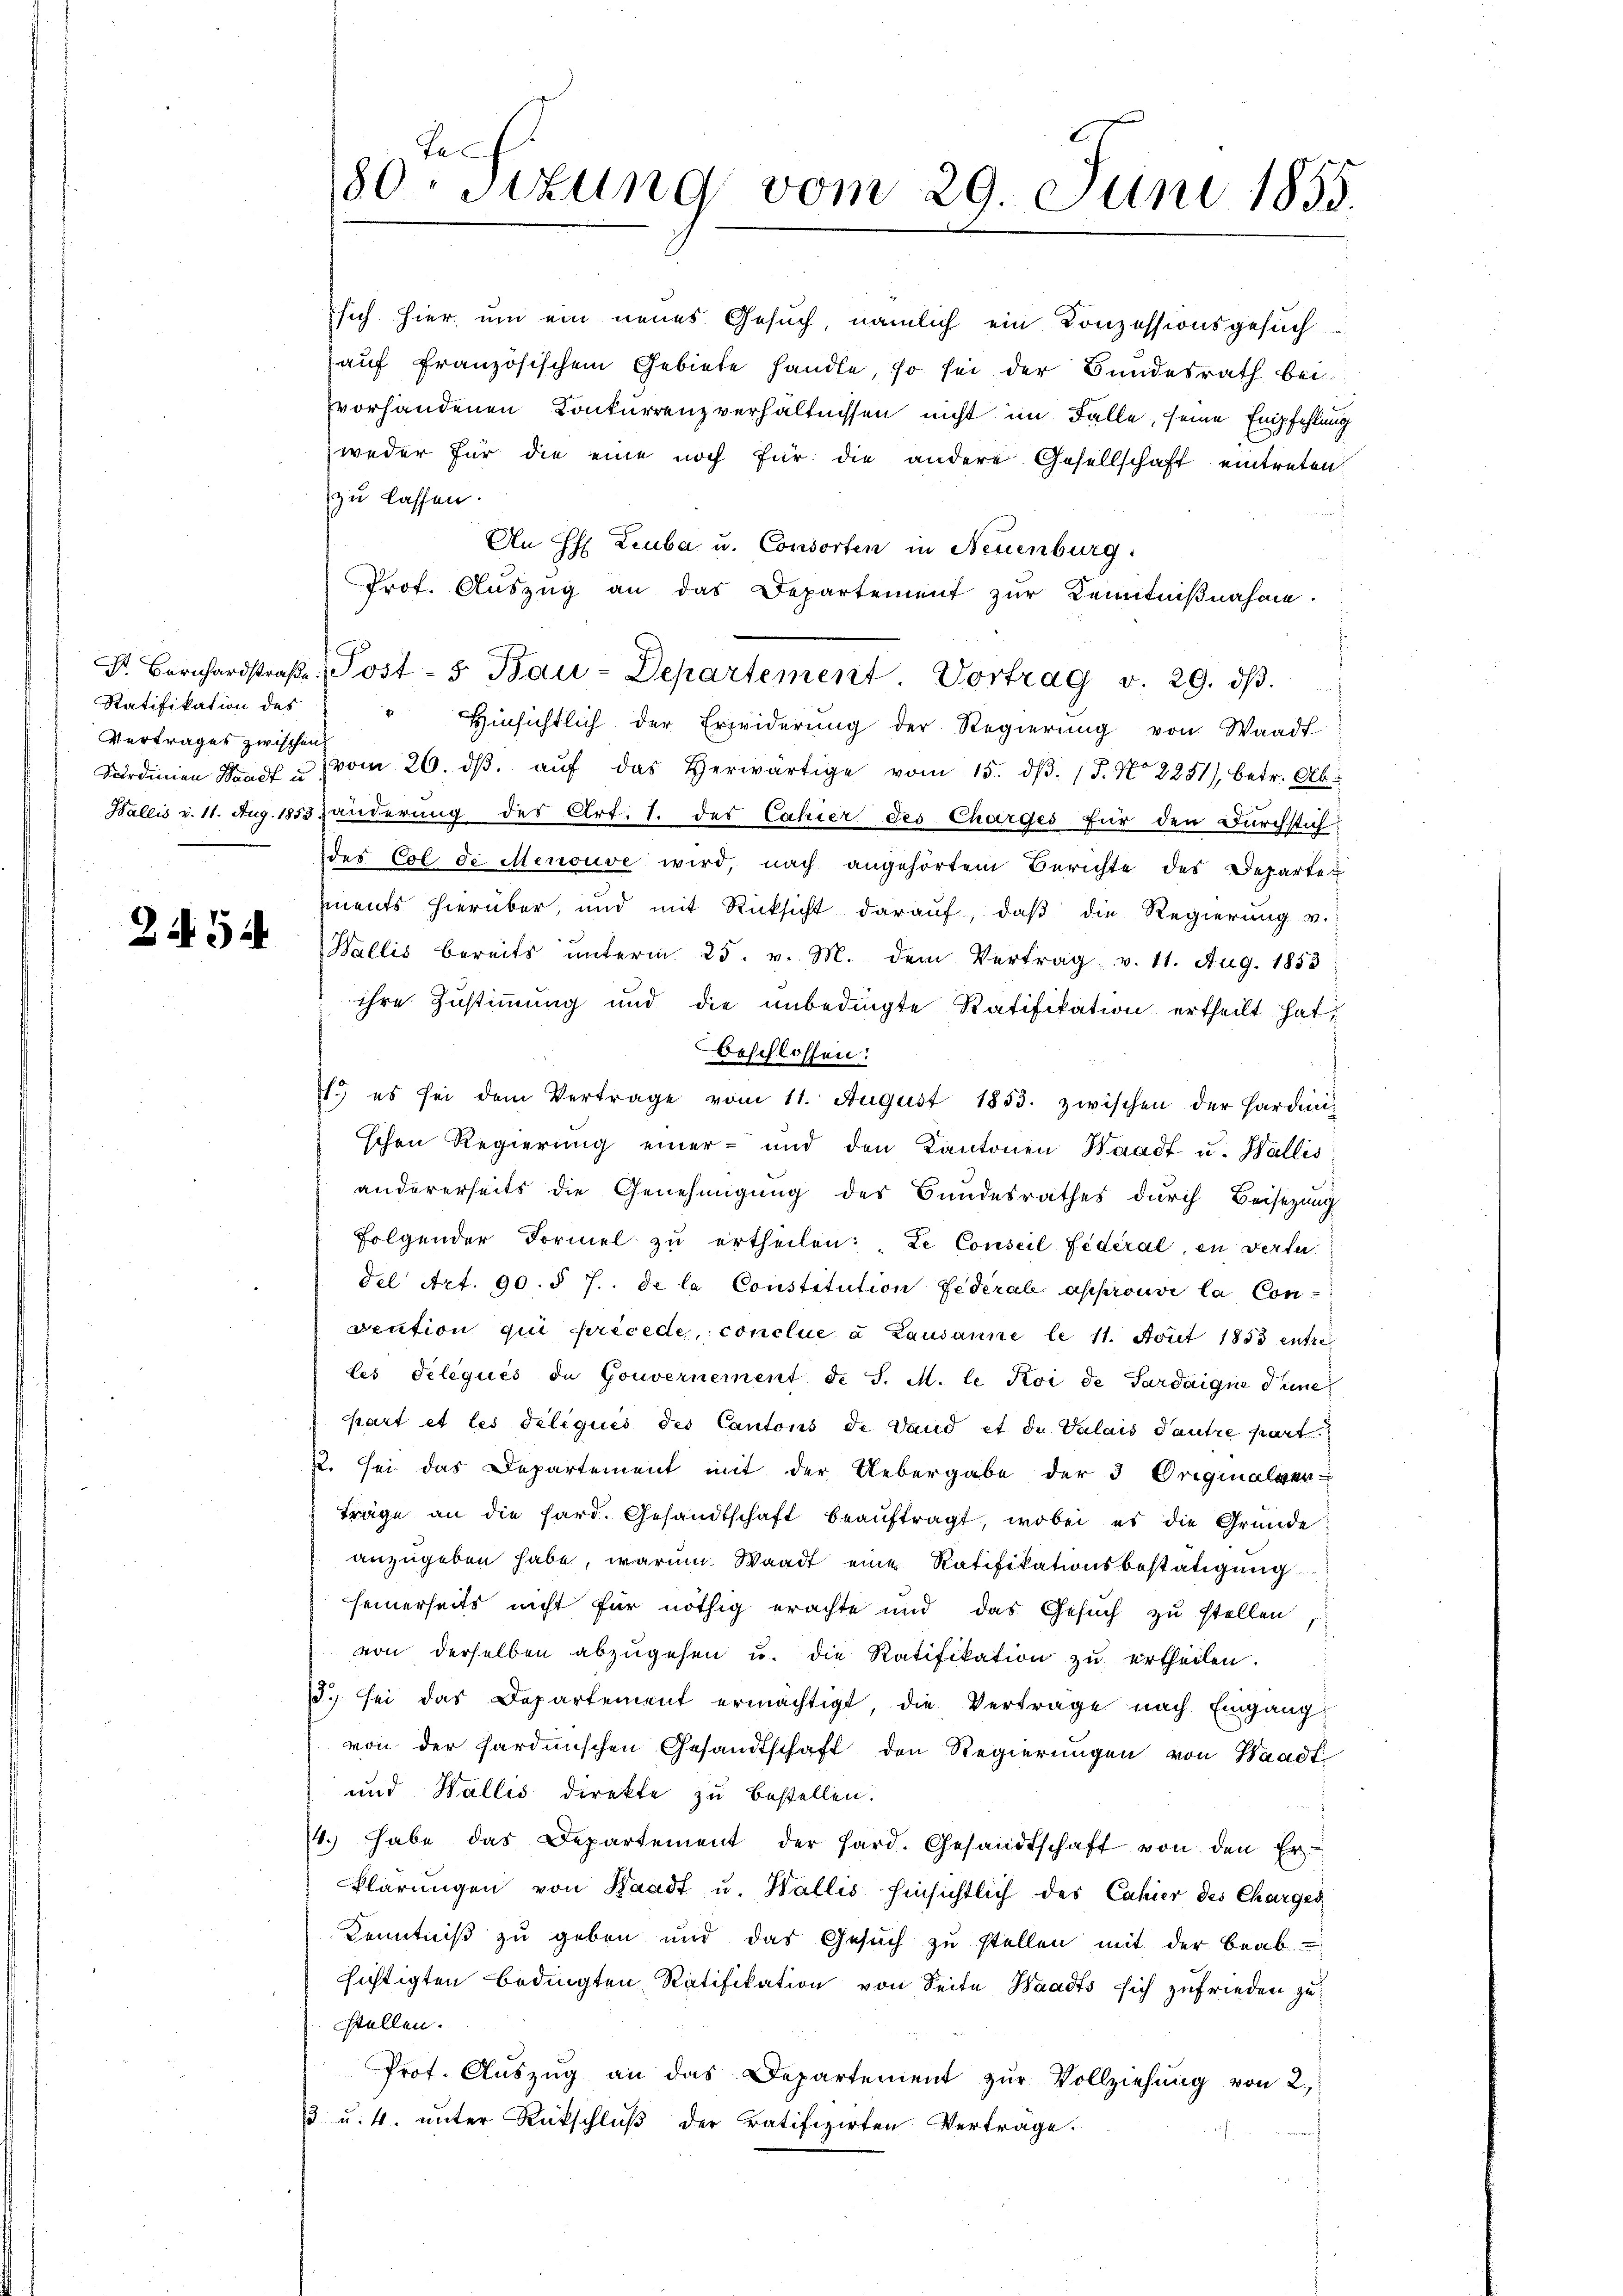
Ratifikation des
Vertrages zwischen

24. 54

sich hier, um ein neues Gesuch, nämlich ein Konzessionsgesuch
auf französischem Gebiete handle, so sei der Bundesrath bei
vorhandenen Konkurrenzverhältnissen nicht im Falle, seine Empfehlung
weder für die eine noch für die andere Gesellschaft eintreten:
zu lassen.
An H: Leuba u. Consorten in Neuenburg
Prot. Auszug an das Departement zur Kenntnißnahme.
Dr. Bernhardstraβe, Post- 5. Bau-Departement Vortrag v. 29. dβ.
" Einsichtlich der Erwiderŭng der Regierŭng von Waadt
Verdinien auf u. vom 26. dβ aŭf das herwärtige vom 15. dβ. 1. No 2251) betr. Ab
Wallis v. 11. Aug. 1853 anderung des Art. 1. des Cahier des Charges für den Durchstichdes Col de Menouve wird, nach angehörtem Berichte des Departet
ments hierüber, und mit Rücksicht darauf, daβ die Regierung v.
Wallis bereits ŭnterm 25. v. M. dem Vertrag v. 11. Aug. 1853
ihre Zustimmung und die unbedingte Ratifikation ertheilt hat,
beschlossen:
1.) es sei dem Vertrage vom 11. August 1853. zwischen der Hardini-
schen Regierung einer- und den Kantonen Waadt u. Wallis
andererseits die Genehmigŭng des Bundesrathes dŭrch Beisezung
folgender Formel zu ertheilen: „Le Conseil fédéral, en verte
del Art. 90. § 7. de la Constitution Federal approuvé la Con-
vention qui recede, conclue à Lausanne le 11. Sont 1853 entre
les deliqués de Gouvernement de S. M. le Koi de Pardaigne Punc
part et les deliquis des Cantons de Vand et die Valais Pautre part
p. sei das Departement mit der Uebergabe der 3 Originalver-
träge an die hard. Gesandtschaft beaŭftragt, wobei es die Gründe
anzugeben habe, warum. Waadt eine Ratifikationsbestätigung
seinerseits nicht für nöthig erachte und das Gesŭch zu stellen,
von derselben abzŭgehen u. die Ratifikation zŭ ertheilen.
d.) sei das Departement ermächtigt, die Vertrage nach Eingang
von der hardischen Gesandtschaft den Regierungen von Waadt
und Wallis direkte zu bestellen.
4. Habe das Departement der Hard. Gesandtschaft von den Er
klärungen von Waadt u. Wallis hinsichtlich des Cahier des Charges
Kenntniß zu geben und das Gesŭch zŭ stellen mit der beab-
sichtigten bedingten Ratifikation von Seite Waadts sich zufrieden zustellen.
Prof. Auszug an das Departement zur Vollziehung von 2,
3 u. 4. unter Rückschlŭβ der ratifizirten Vertrage.

Te
180. Situng vom 29. Juni 1855.